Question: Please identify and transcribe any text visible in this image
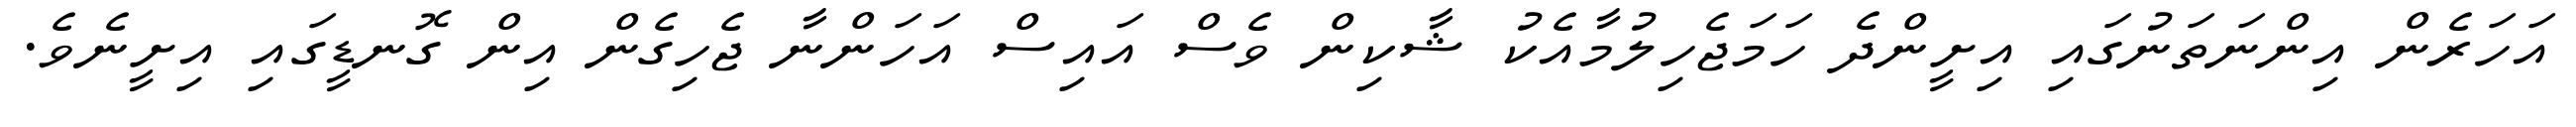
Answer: އަހަރެން އިންނަތަނުގައި އިށީންދެ ހަމަޖެހިލުމާއެކު ޝާކިން ވެސް އައިސް އަހަންނާ ޖެހިގެން އިން ގޮނޑީގައި އިށީނެވެ.